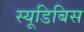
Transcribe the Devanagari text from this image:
स्यूडिबिस